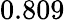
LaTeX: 0.809